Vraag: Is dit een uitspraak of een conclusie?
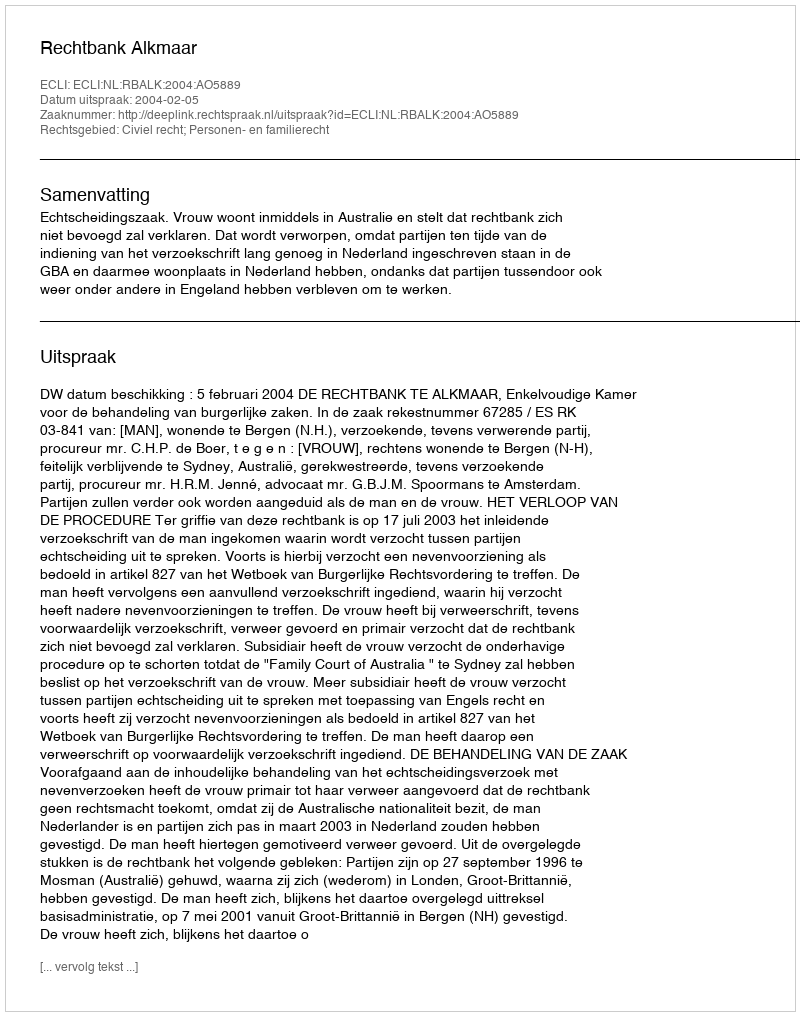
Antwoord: Uitspraak